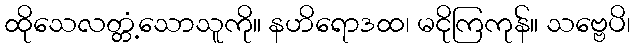
ထိုသေလတ္တံ့သောသူကို။ နဟိရောဒထ၊ မငိုကြကုန်။ သဗ္ဗေပိ၊